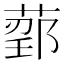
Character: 𬝰